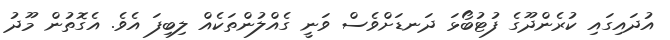
އުދައިގައި ކުރެންދޫގެ ފުޓުބޯޅަ ދަނޑަށްވެސް ވަނީ ގެއްލުންތަކެއް ލިބިފަ އެވެ. އެގޮތުން މޫދު